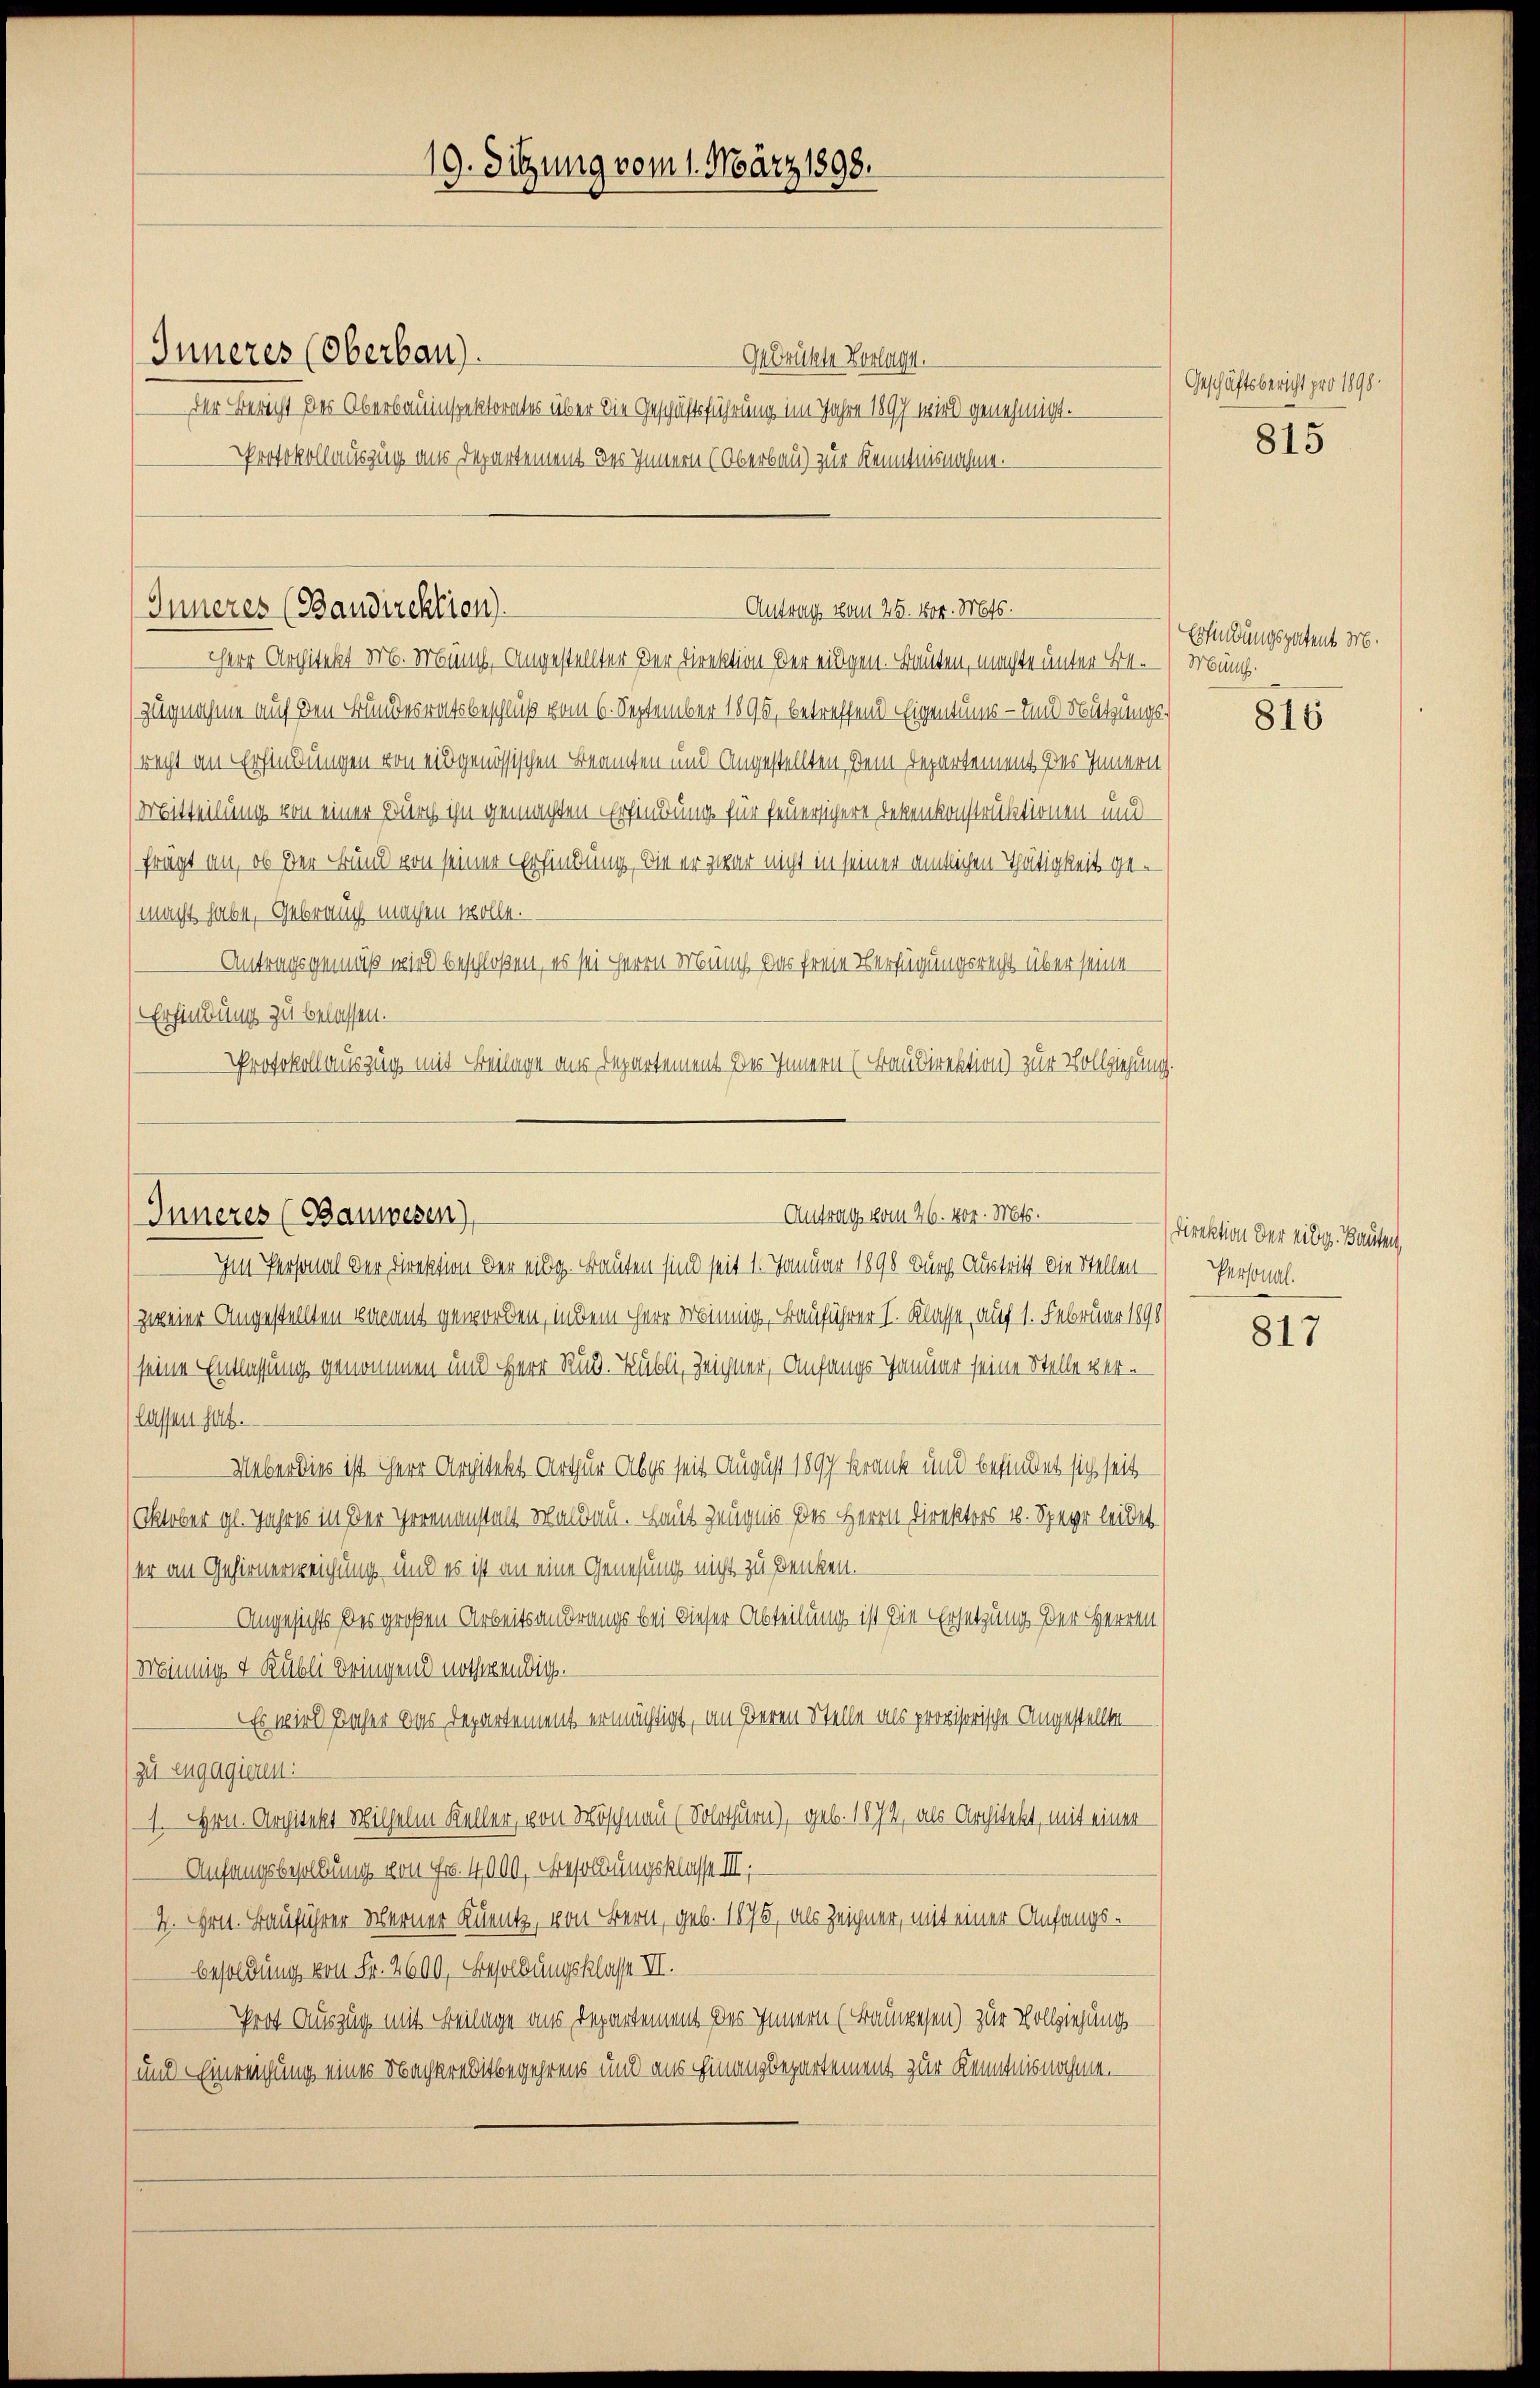
Gedrückte Vorlage.
der Bericht des Oberbauinspektorates über die Geschäftsführung im Jahre 1897 wird genehmigt.
Protokollauszug aus Departement des Innern (Oberbau) zur Kenntnisnahme.

Inneres (Oberbau).

19. Sitzung vom 1. März 1898.

Inneres (Baudirektion).
Antrag vom 25. vor. Mts.

Antrag vom 26. vor. Mts.
Inneres (Bauwesen),

HHerr Architekt Mr. Münch, Angestellter der Direktion der eidgen. Bauten, machte unter Be¬
Zugnahme auf den Bundesratsbeschluß vom 6. September 1895, betreffend Eigentums- und Nutzungsrecht an Erfindungen von eidgenössischen Beamten und Angestellten Dein Departement des Innern
Mitteilung von einer Burch ihn gemachten Erfindung für feuersichere Dekenkonstruktionen mu
fragt an, ob der Bund von seiner Erfindung, die er zwar nicht in seiner amtlichen Thätigkeit gemacht habe, Gebrauch machen wolle.
Antragsgemäß wird beschloßen, es sei Herrn Münch, das freie Verfügungsrecht über seine
Erfindung zu belassen.
Protokollauszug mit Freilage aus Departement des Innern (Frau Direktion) zur Vollziehung.

Im Personal der Direktion der eidg. Bauten sind seit 1. Januar 1898 durch Austritt die Stellen
zweier Angestellten vacant geworden, in dem Herr Minnig, Bauführer I. Klasse, auf 1. Februar 1890
seine Entlassung genommen und Herr Rud. Kubli, Zeichner, Anfangs Januar seine Stelle ver-
lassen hat.
Ueber dies ist Herr Argitekt Arthur Abgs seit August 1897 Krank und befindet sich seit
Oktober gl. Jahres in der Irrenanstalt Waldau. Laut Zeugnis des Herrn Direktors 4. Speyer leidet.
er an Gehirnerweichung und es ist an eine Genesung nicht zu denken.
Angesichts des großen Arbeits anderungs bei dieser Abteilung ist die Ersetzung der Herren
(Minnig & Rübli Dringend nothwendig.
Es wird daher das Departement ermächtigt, an deren Stelle als provisorische Angestellten
zu engagieren:
1. Hrn. Architekt Wilhelm Keller, von Möschnau (Solothurn), geb. 1874, als Architekt, mit einer
Anfangsbesoldung von Fr. 4000. Besoldungsklasse III.
4. Hrn. Bauführer Werner Kunz, von Bern, geb. 1875, als Zeigner, mit einer Anfangs¬
Besoldung von Fr. 2600, Besoldungsklasse III.
Prot Auszug mit Beilage aus Departement des Innern (Bauwesen) zur Vollziehung
und Einreichung eines Nachkrebitbegehrens und aus Finanzdepartement zur Kenntnisnahme.

Geschäftsbericht pro 1898.

815

Erfindungspatent M.
Münch.

816

Direktion der eidg. Bauten,
Personal.

817